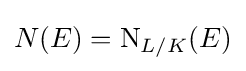
N(E)=\mathrm {N} _{L/K}(E)